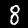
Digit: 8